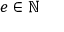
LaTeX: e \in \mathbb { N }